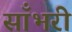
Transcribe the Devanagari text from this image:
साँभरी